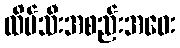
ထိပ်သီးအစည်းအဝေး